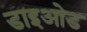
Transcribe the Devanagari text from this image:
डाइओड